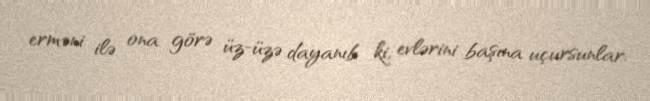
erməni ilə ona görə üz-üzə dayanıb ki, evlərini başına uçursunlar.